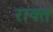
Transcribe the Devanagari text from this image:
राक्त